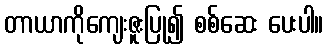
တာယာကိုကျေးဇူးပြု၍ စစ်ဆေး ပေးပါ။